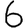
Digit: 6